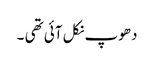
دھوپ نکل آئی تھی ۔